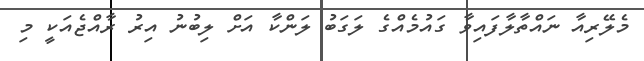
މެލޭރިއާ ނައްތާލާފައިވާ ގައުމެއްގެ ލަގަބު ލަންކާ އަށް ލިބުނު އިރު ރާއްޖެއަކީ މި